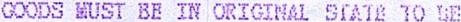
GOODS MUST BE IN ORIGINAL STATE TO BE